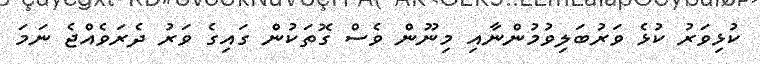
ކުޅިވަރު ކުޅެ ވަރުބަލިވުމުންނާއި މިނޫން ވެސް ގޮތަކުން ގައިގެ ވަރު ދެރަވެއްޖެ ނަމަ